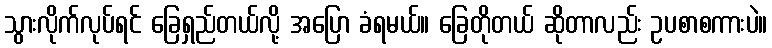
သွားလိုက်လုပ်ရင် ခြေရှည်တယ်လို့ အပြော ခံရမယ်။ ခြေတိုတယ် ဆိုတာလည်း ဥပစာစကားပဲ။